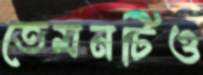
তেমনটিও